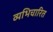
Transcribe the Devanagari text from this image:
व्यभिचारित